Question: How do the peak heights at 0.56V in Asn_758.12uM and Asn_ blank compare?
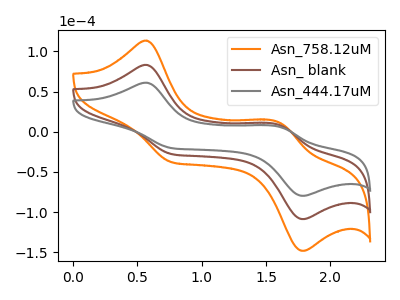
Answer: <think>The orange curve "Asn_758.12uM" has anodic peaks at (0.55V, 166.15uA) (1.60V, 16.85uA) and cathodic peaks at (0.75V, -55.45uA) (1.80V, -217.25uA). The brown curve "Asn_ blank" has anodic peaks at (0.55V, 83.05uA) (1.60V, 8.45uA) and cathodic peaks at (0.75V, -27.75uA) (1.80V, -108.65uA). The gray curve "Asn_444.17uM" has anodic peaks at (0.55V, 60.95uA) (1.60V, 6.20uA) and cathodic peaks at (0.75V, -20.35uA) (1.80V, -79.70uA).</think>
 <answer>The peak at 0.56V is higher in "Asn_758.12uM" than in "Asn_ blank".</answer>
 <eval>higher</eval>